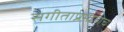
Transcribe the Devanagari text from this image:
संगीताप्रमाणेच